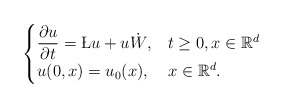
\begin{align*}\begin{cases}\displaystyle\frac{\partial u}{\partial t}=\L u+u\dot {W},& t\ge 0, x\in \mathbb R^d\\u(0,x)=u_0(x),& x\in\mathbb R^d.\end{cases}\end{align*}